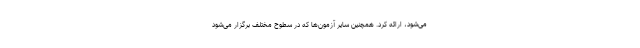
می‌شود، ارائه کرد. همچنین سایر آزمون‌ها که در سطوح مختلف برگزار می‌شود